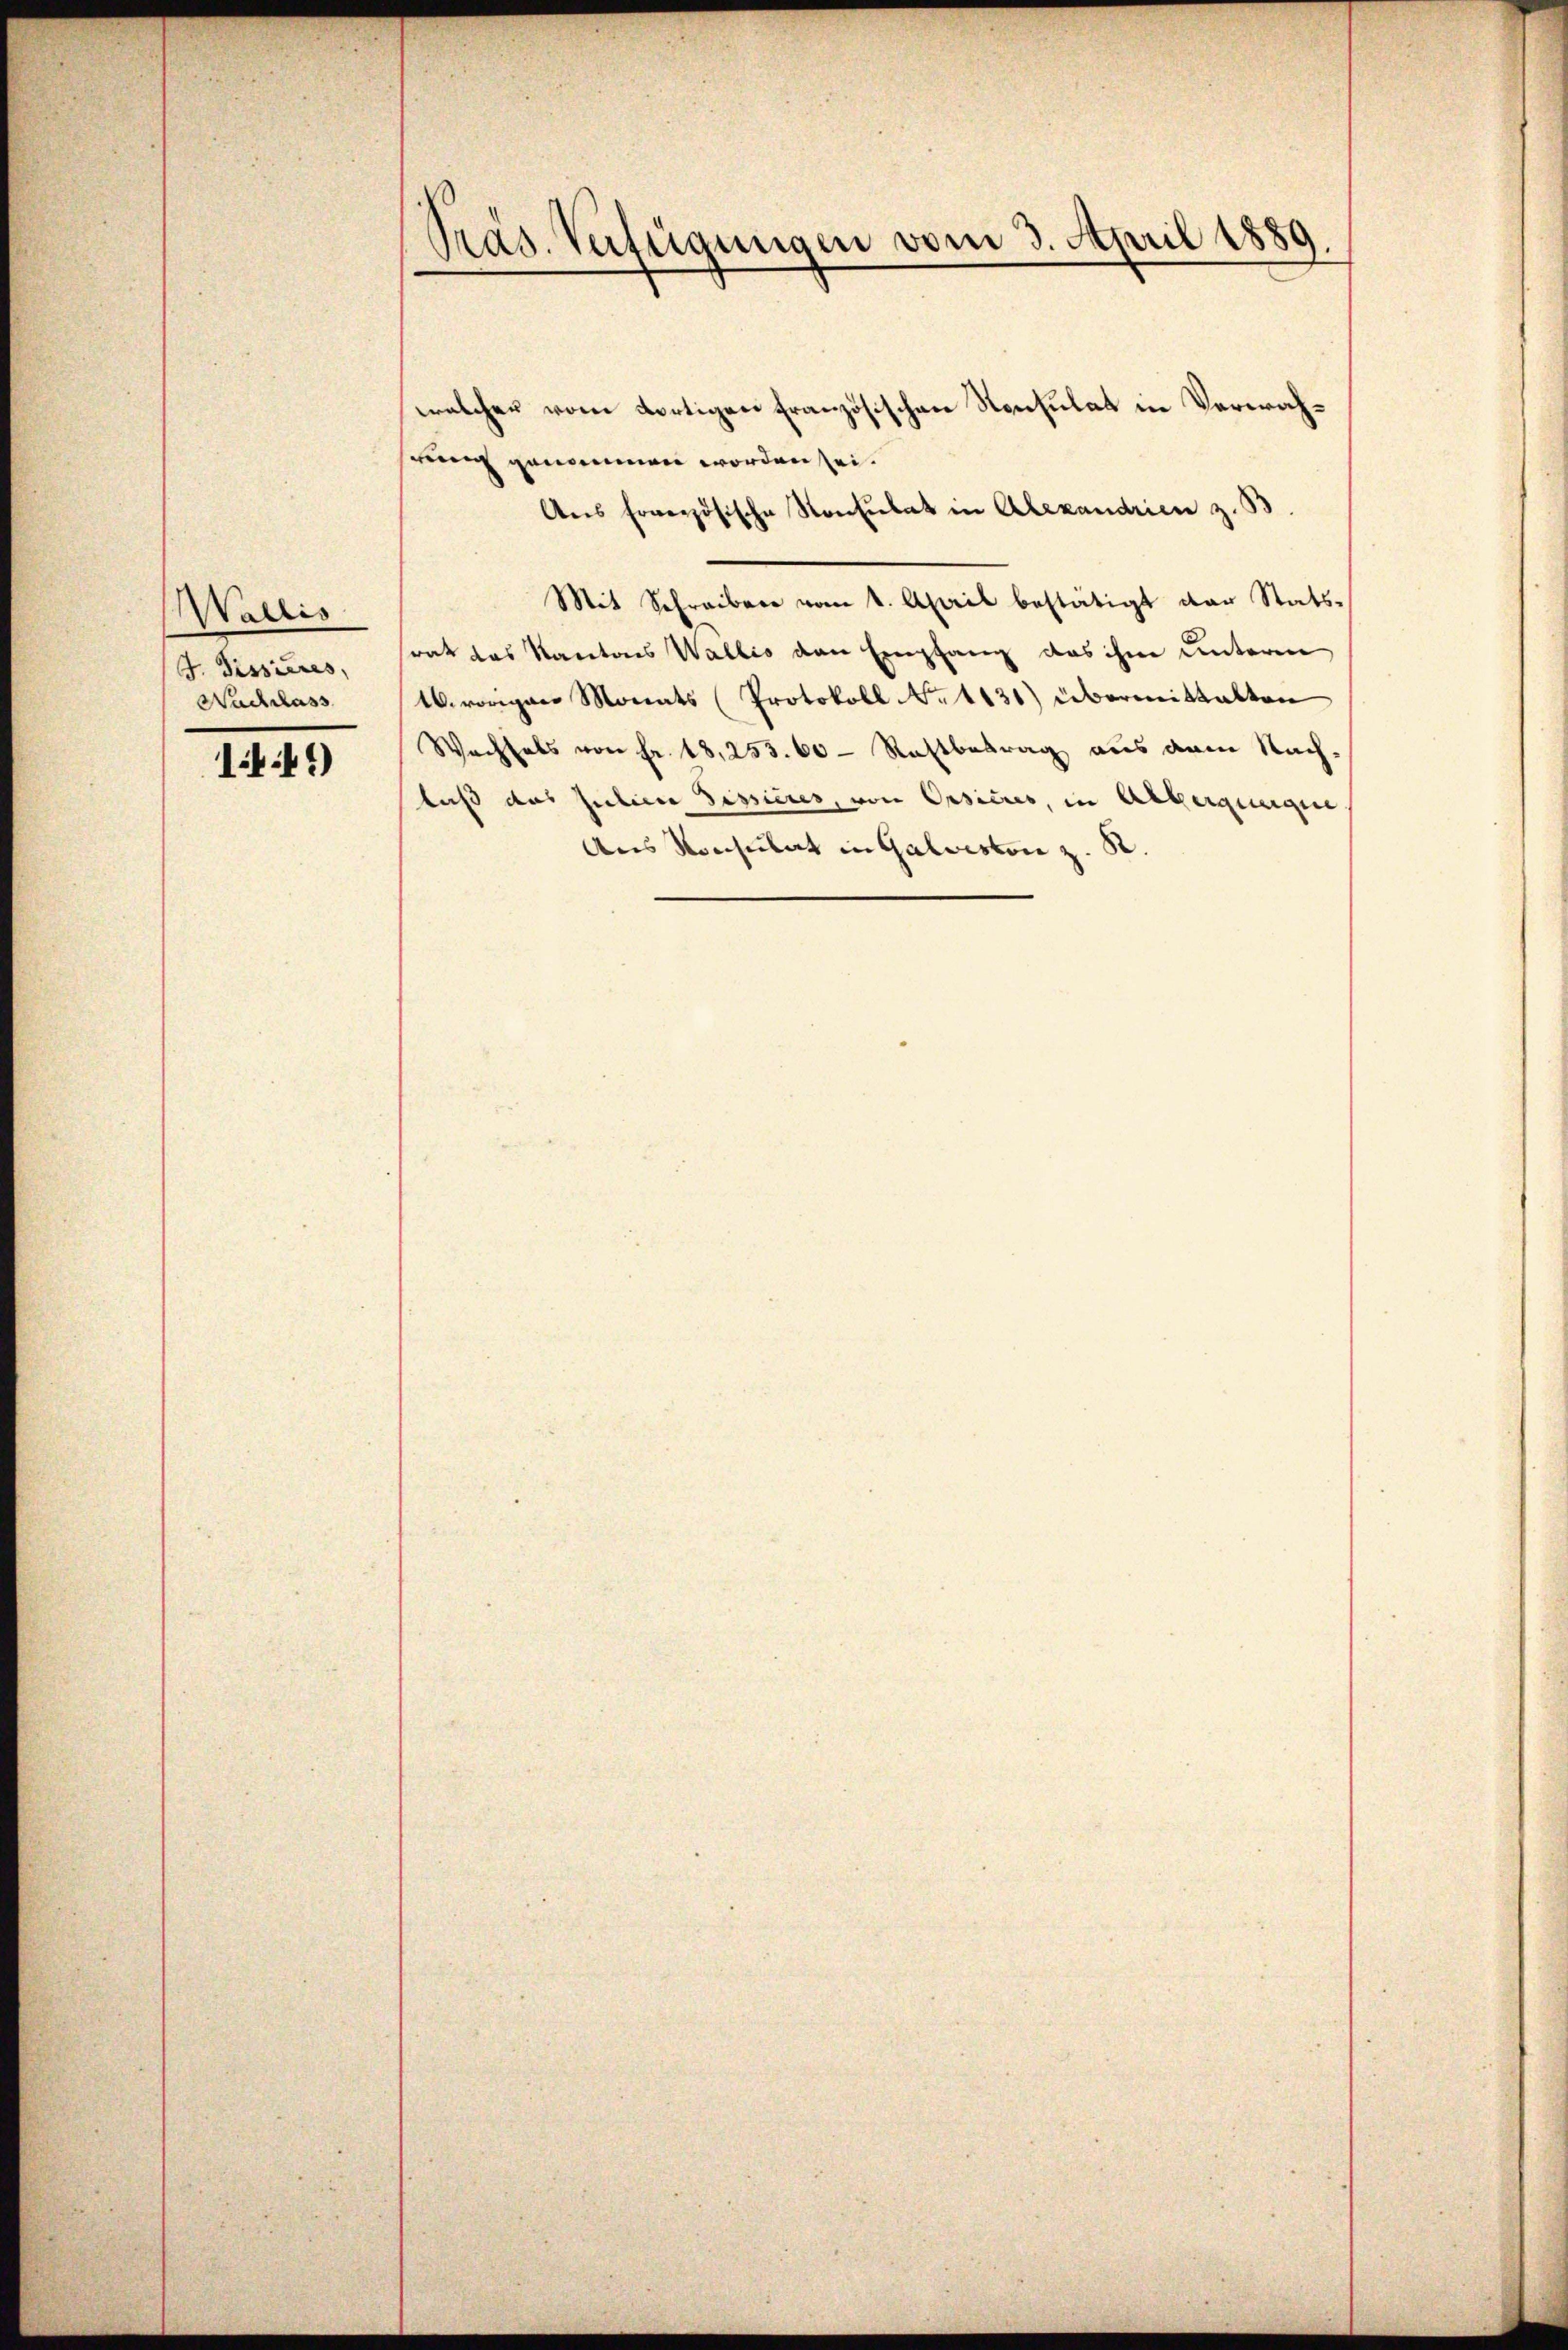
Wallis
J. Dissieres,
Nachlass

1.41)

Präs. Verfügungen vom 3. April 1889.

welcher vom dortigen französischen Konsulat in Verwahstung genommen worden sei.
Ans Erwerzösische Konsulat in Alexandrien z. B
Mit Schreiben vom 1. April bestätigt der Statssrat das Kantons Wallis den Empfang das ihm unterm
16. vorigen Monats (Protokoll No 1131) übermittalten
Wachsels von Fr. 18, 253. 60 - Restbetrag aus dem Nach-
laß das Jahren Sessieres, von Opsicus, in Alberquergie
Aus Konsulat in Galveston z. R.